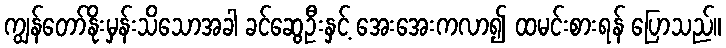
ကျွန်တော်နိုးမှန်းသိသောအခါ ခင်ဆွေဦးနှင့် အေးအေးကလာ၍ ထမင်းစားရန် ပြောသည်။